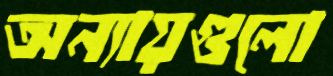
অন্যায়গুলো